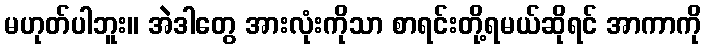
မဟုတ်ပါဘူး။ အဲဒါတွေ အားလုံးကိုသာ စာရင်းတို့ရမယ်ဆိုရင် အာကာကို